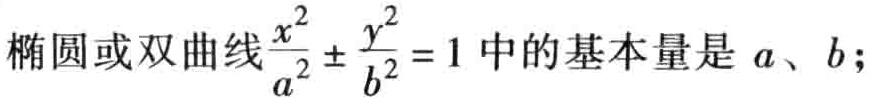
椭圆或双曲线$\frac{x^{2}}{a^{2}}\pm\frac{y^{2}}{b^{2}} = 1$中的基本量是$a$、$b$;